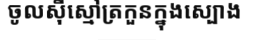
ចូលស៊ីស្មៅត្រកួនក្នុងស្បោង